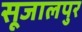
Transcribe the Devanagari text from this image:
सूजालपुर